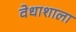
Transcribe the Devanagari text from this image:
वेधाशाला